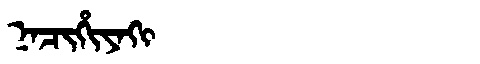
Manchu: ᠨᠠᠴᡳᡥᡳᠶᠠᡴᡳ
Romanization: NACIHIYAKI